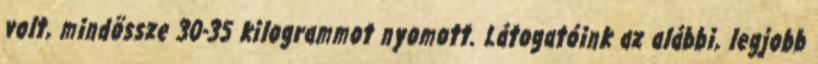
volt, mindössze 30-35 kilogrammot nyomott. Látogatóink az alábbi, legjobb